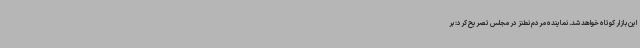
این بازار کوتاه خواهد شد. نماینده مردم نطنز در مجلس تصریح کرد: بر